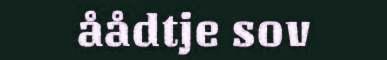
åådtje sov